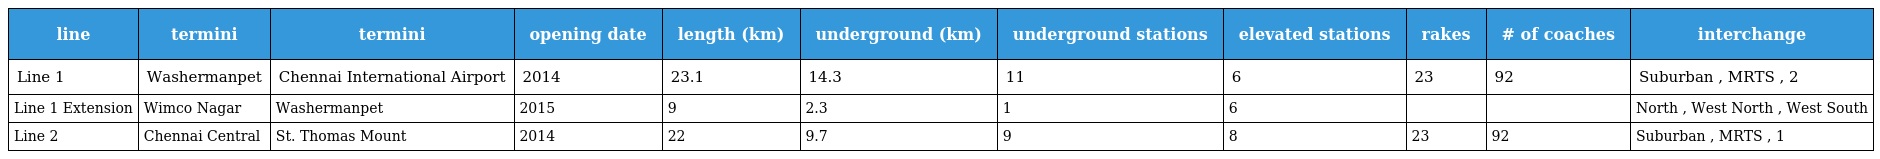
| line | termini | termini | opening date | length (km) | underground (km) | underground stations | elevated stations | rakes | # of coaches | interchange |
 | --- | --- | --- | --- | --- | --- | --- | --- | --- | --- | --- |
 | Line 1 | Washermanpet | Chennai International Airport | 2014 | 23.1 | 14.3 | 11 | 6 | 23 | 92 | Suburban , MRTS , 2 |
 | Line 1 Extension | Wimco Nagar | Washermanpet | 2015 | 9 | 2.3 | 1 | 6 |  |  | North , West North , West South |
 | Line 2 | Chennai Central | St. Thomas Mount | 2014 | 22 | 9.7 | 9 | 8 | 23 | 92 | Suburban , MRTS , 1 |